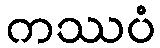
ကဿပံ